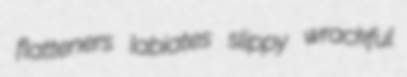
flatteners labiates slippy wrackful